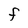
Character: F